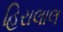
હિરાલાલ